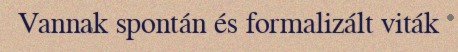
Vannak spontán és formalizált viták